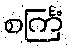
စင်္ကြံ